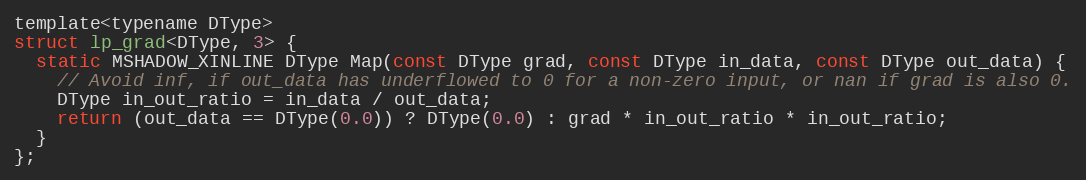
Language: C
template<typename DType>
struct lp_grad<DType, 3> {
  static MSHADOW_XINLINE DType Map(const DType grad, const DType in_data, const DType out_data) {
    // Avoid inf, if out_data has underflowed to 0 for a non-zero input, or nan if grad is also 0.
    DType in_out_ratio = in_data / out_data;
    return (out_data == DType(0.0)) ? DType(0.0) : grad * in_out_ratio * in_out_ratio;
  }
};